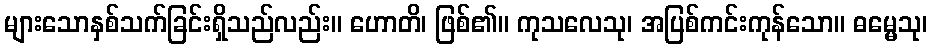
များသောနှစ်သက်ခြင်းရှိသည်လည်း။ ဟောတိ၊ ဖြစ်၏။ ကုသလေသု၊ အပြစ်ကင်းကုန်သော။ ဓမ္မေသု၊